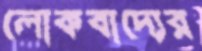
লোকবাদ্যের